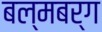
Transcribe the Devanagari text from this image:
बल्मबर्ग